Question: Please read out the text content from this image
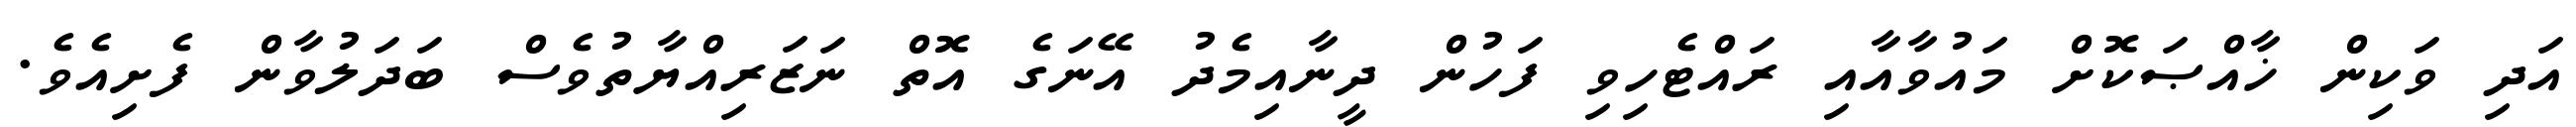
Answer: އަދި ވަކިން ޚާއްޞަކޮށް މައުވާއާއި ރައްޓެހިވި ފަހުން ދީނާއިމެދު އޭނަގެ އޮތް ނަޒަރިއްޔާތުވެސް ބަދަލުވާން ފެށިއެވެ.